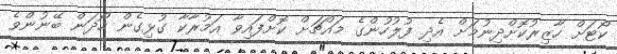
ކޯޓަށް ހާޒިރުކޮށްދިނުމަށް އެދި ފުލުހުންގެ މައްޗަށް ކޮށްފައިވާ އަމުރާކާ ގުޅިގެން ހޯދަން ބޭނުންވެ